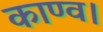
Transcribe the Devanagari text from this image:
काण्व।